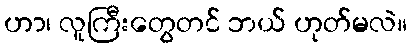
ဟာ၊ လူကြီးတွေတင် ဘယ် ဟုတ်မလဲ။